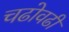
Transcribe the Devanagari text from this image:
चढोवढी